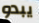
يبدو